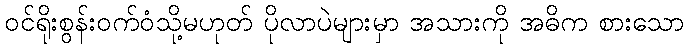
ဝင်ရိုးစွန်းဝက်ဝံသို့မဟုတ် ပိုလာပဲများမှာ အသားကို အဓိက စားသော